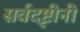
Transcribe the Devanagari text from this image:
सर्वदृष्टीनी